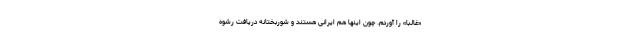
«غالباً» را آوردم. چون اینها هم ایرانی هستند و شوربختانه دریافت رشوه